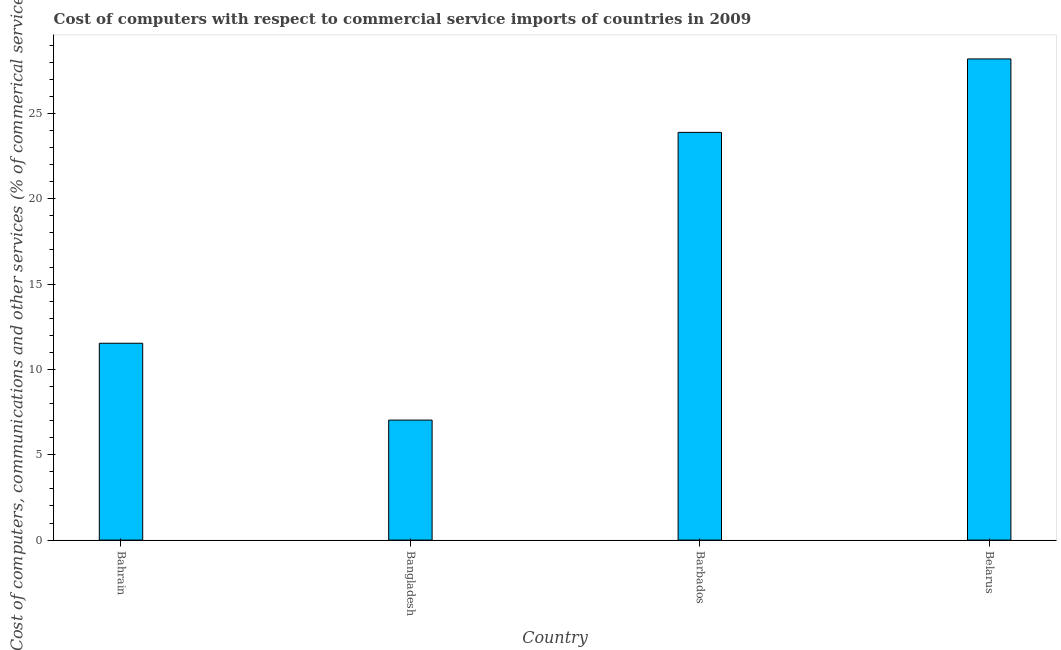
| Country | Computer |
 | --- | --- |
 | Bahrain | 11.5 |
 | Bangladesh | 7.03 |
 | Barbados | 23.9 |
 | Belarus | 28.2 |